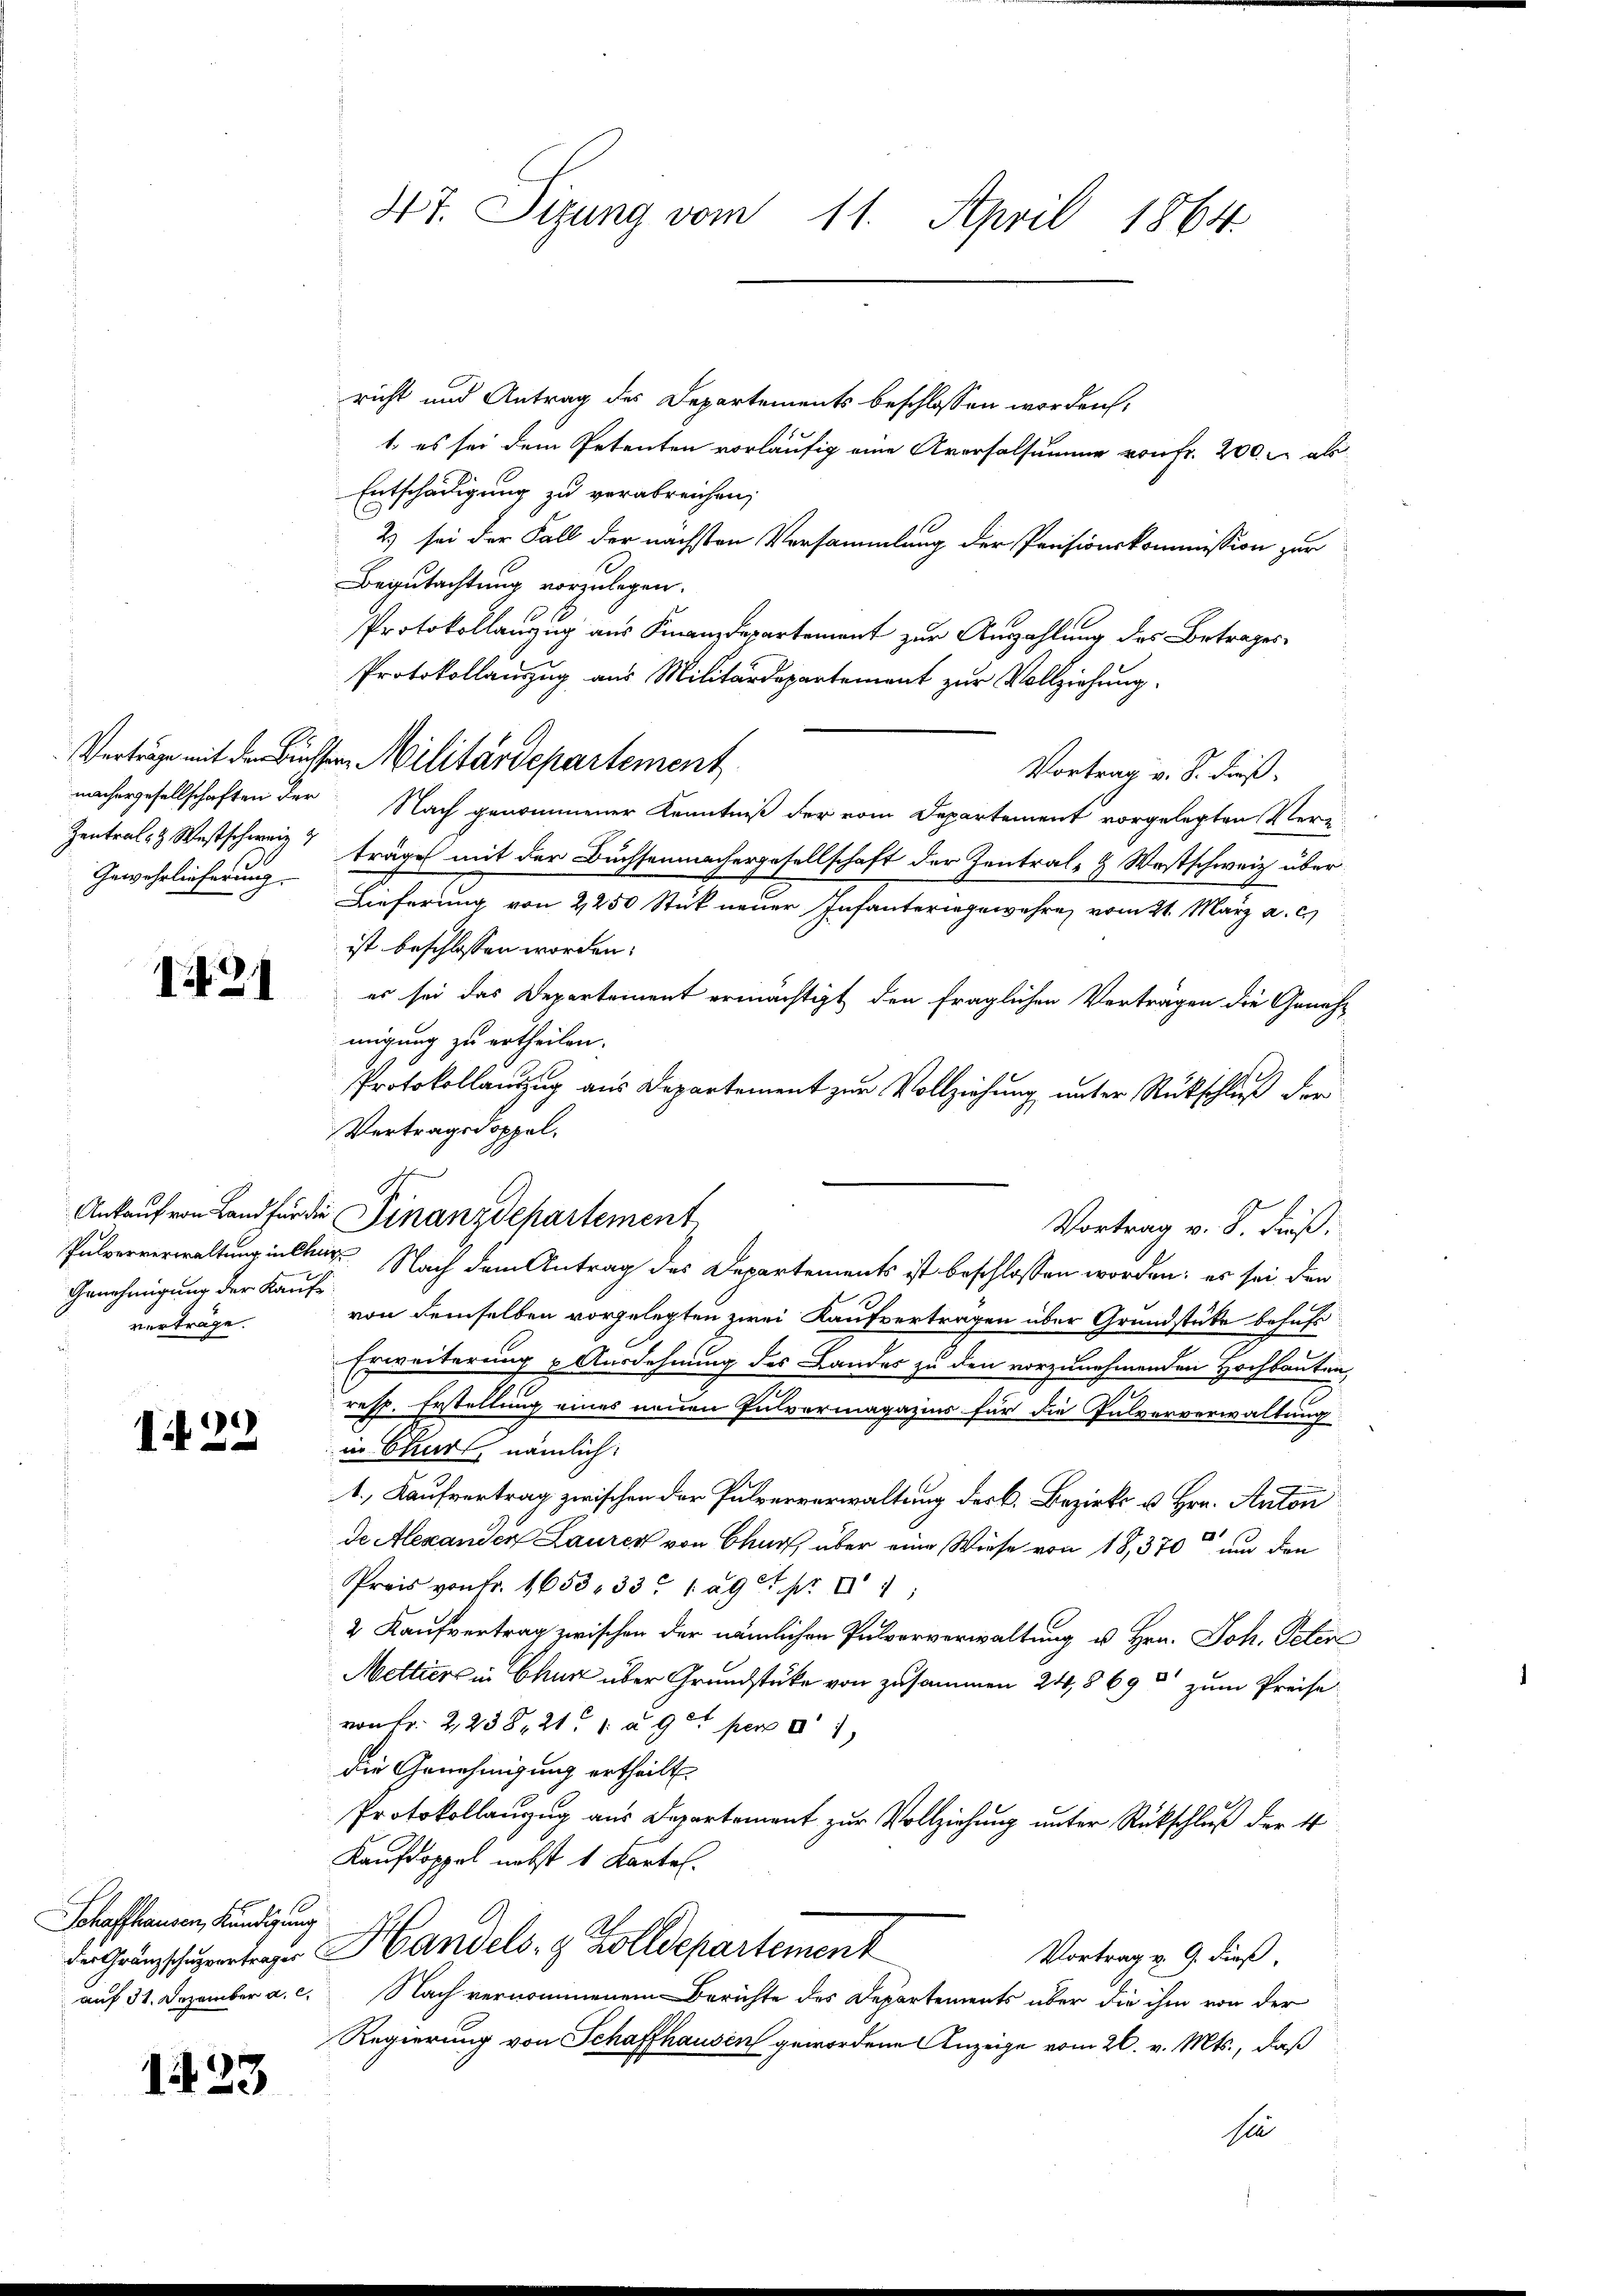
121

Genehmigung der Kaufsvertrage.

I. 22

Schaffhausen, Kündigung

1423

47. Sizung vom 11. April 1864.

richt und Antrag des Departements beschlossen worden,
1. es sei dem Petenten vorläufig eine Aversalsumme von Fr. 200. als
Entschädigung zu verabreichen,
2) sei der Fall der nächsten Versammlung der Pensionskommission zur
Begutachtung vorzulegen.
Protokollanzug aus Finanzdepartement zur Anzahlung des Betrages
Protokollauszug aus Militärdepartement zur Vollziehung.
Vortrag v. J. dieß.
machergesellschaften der Nach genommener Kenntniß der vom Departement vorgelegten Verei
Zentral- & Westschweiz“ träge mit der Buchsenmachergesellschaft der Zentral- & Westschweiz über
Gewehrlicherung. Lieferung von 2250 Stück neuer Infanteringewahre, vom 21. März a. c.
ist beschlossen worden.
es sei das Departement ermächtigt den fraglichen Vertragen die Genehmigung zu ertheilen.
Protokollauszug aus Departement zur Vollziehung unter Rückschluß der
Vertragsdoppel.
G.
Ankauf von Land für die Finanzdepartement
Vortrag v. 8. dieß.
Pulververwaltung instag. Nach dem Antrag des Departements ist beschlossen worden; es sei den
von demselben vorgelegten zwei Kaufvertragen über Grundstücke behufs
Erweiterung & Ausdehnung des Landes zu den vorzunehmenden Hochbauten,
resp. Erstellung eines neuen Pulvermagazins für die Pulververwaltung
in Chur, nämlich:
1., Kaufvertrag zwischen der Pulververwaltung der k. Bezirks u. Hrn. Anton
de Alexanden Laurer von Chur, über eine Wiese von 18,370 und den
Preis von fr. 1653. 331 ag. pr. 1
2 Kaufvertrag zwischen der nämlichen Pulververwaltung u. Hrn. Joh. Peter
Mettiers in Chur über Grundstücke von zusammen 24, 869 zum Preise
von Fr. 2238, 211 à 9t per a 1
die Genehmigung ertheilt.
Protokollanzug aus Departement zur Vollziehung unter Rückschluß der 4
Kaufdoppel nebst 1 Kartel.
de Gränzschubertrage Handels- & Zolldepartement
Vortrag v. 9. dieß
auf 31. Dezember a. c. Nach vernommenem Berichte des Departements über die ihm von der
Regierung von Schaffhausen gewordene Anzeige vom 26. v. Mts., daß
sie

Vertrage mit der Busser Militärdepartement

2